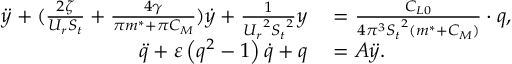
\begin{array} { r l } { \ddot { y } + ( \frac { { 2 \zeta } } { { { U _ { r } } { S _ { t } } } } + \frac { { 4 \gamma } } { { \pi { m ^ { * } } + \pi { C _ { M } } } } ) \dot { y } + \frac { 1 } { { { U _ { r } } ^ { 2 } { S _ { t } } ^ { 2 } } } y } & { { } = \frac { { { C _ { L 0 } } } } { { 4 { \pi ^ { 3 } } { S _ { t } } ^ { 2 } ( { m ^ { * } } + { C _ { M } } ) } } \cdot q , } \\ { \ddot { q } + \varepsilon \left( { { q ^ { 2 } } - 1 } \right) \dot { q } + q } & { { } = { A } \ddot { y } . } \end{array}